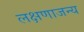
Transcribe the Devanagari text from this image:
लक्षणाजन्य